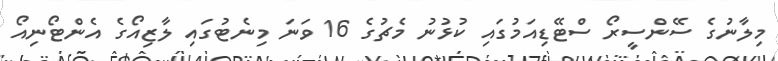
މިލާނުގެ ސޭންސީރޯ ސްޓޭޑިއަމުގައި ކުޅުނު މެޗުގެ 16 ވަނަ މިނެޓުގައި ލާޒިއޯގެ އެންޓޯނިއޯ